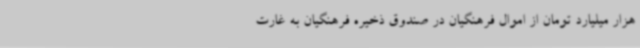
هزار میلیارد تومان از اموال فرهنگیان در صندوق ذخیره فرهنگیان به غارت